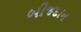
બીજદાન